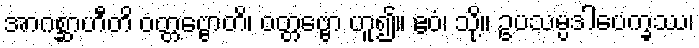
အာဂစ္ဆာဟီတိ ဝတ္တဗ္ဗောတိ၊ ဝတ္တဗ္ဗော ဟူ၍။ ဧဝံ၊ သို့။ ဥပသမ္ပဒါပေက္ခဿ၊